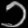
Digit: ၁